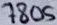
Text: 7805